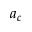
a _ { c }